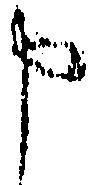
申